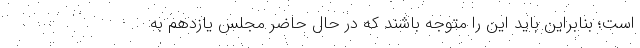
است؛ بنابراین باید این را متوجه باشند که در حال حاضر مجلس یازدهم به